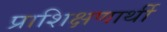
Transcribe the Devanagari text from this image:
प्राशिक्षणार्थी